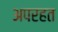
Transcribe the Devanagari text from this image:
अपरहत